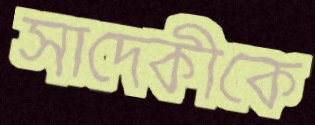
সাদেকীকে